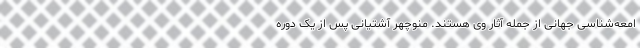
امعه‌شناسی جهانی از جمله آثار وی هستند. منوچهر آشتیانی پس از یک دوره